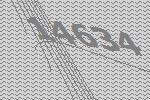
14634